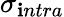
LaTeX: \sigma_{\mathbf{i}ntra}